system: You are a helpful assistant.
user:
Analyze the provided spectrum to determine if it is a **M-type Giant (gM)**.

A M-type Giant spectrum is defined by its **strong molecular absorption** features, particularly from **Titanium Oxide (TiO)**. You must check for one of the following mutually exclusive signatures:

- **Key Visual Indicators (Absorption-Dominated Spectrum):**

    - **(Primary):** The spectrum is dominated by strong molecular absorption from **Titanium Oxide (TiO)**. This is the **defining feature** of its M-type temperature class.
        - **(Key Bandheads):** Look for sharp, "saw-tooth" absorption valleys. The strongest are located near **~7050 Å**, **~6160 Å**, and **~5170 Å**.
        - **(Line Profile):** The "saw-tooth" morphology is critical: a **sharp, steep drop on the BLUE (short-wavelength) side** of the bandhead, followed by a gradual recovery (rising flux) towards the RED (long-wavelength) side.

    - **(Key Confirmation - Giant vs. Dwarf):** **ABSENCE** of strong **Calcium Hydride (CaH)** molecular bands. This is the primary diagnostic for *excluding* M-dwarfs.
        - **(Key Region):** The spectrum should lack the strong, broad absorption band seen in dwarfs between **~6800 Å and ~7000 Å**.

    - **(Secondary Confirmation - Giant):** A very strong and broad **Neutral Calcium (Ca I)** atomic absorption line.
        - **(Key Line):** Located at **~4226 Å**. In a giant (gM), this line is significantly deeper and broader than the same line in an M-dwarf (dM) due to low surface gravity.

    - **(Overall Spectrum):**
        - The continuum is **extremely red-sloping** (i.e., flux is very low in the blue and rises dramatically towards the red).
        - The entire spectrum appears "chopped up" by the deep TiO bands.

Think first, call **spectral_visualization_tool** if needed to examine features in detail, then provide your final answer. Your response must adhere to the following strict rules:
1.  **Overall Structure:** Your response must follow the format `<think>...</think> <tool_call>...</tool_call> (if a tool is used) <answer>...</answer>`.
2.  **Tool Usage Constraint:** You may only make **one** tool call per turn.
3.  **Final Answer Format:** In the `<answer>` tag, your conclusion must be inside a `\boxed{}` command (e.g., `\boxed{YES}` or `\boxed{NO}`), followed by your justification.

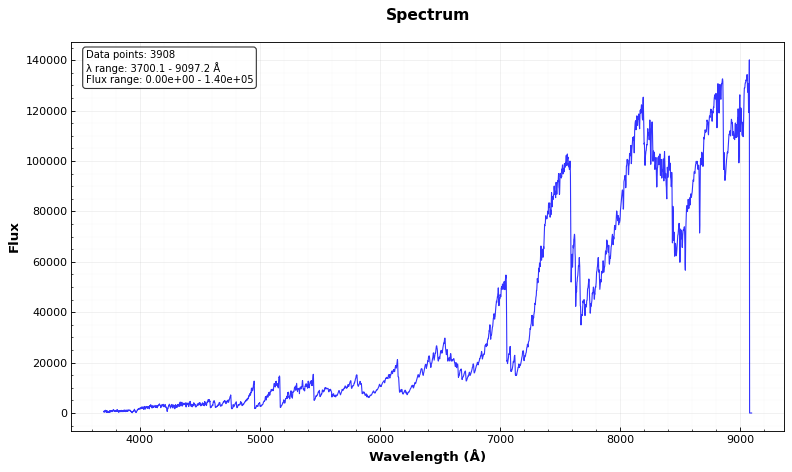
Answer: YES